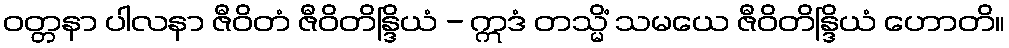
ဝတ္တနာ ပါလနာ ဇီဝိတံ ဇီဝိတိန္ဒြိယံ - ဣဒံ တသ္မိံ သမယေ ဇီဝိတိန္ဒြိယံ ဟောတိ။